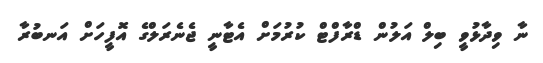
ނާ ވިދާޅުވީ ބިލް އަލުން ޑްރާފްޓް ކުރުމަށް އެޓާނީ ޖެނެރަލްގެ އޮފީހަށް އަނބުރާ